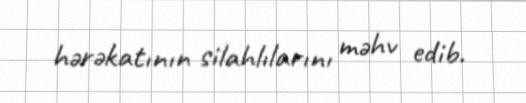
hərəkatının silahlılarını məhv edib.